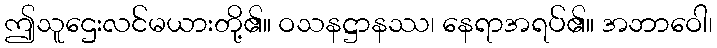
ဤသူဌေးလင်မယားတို့၏။ ဝသနဋ္ဌာနဿ၊ နေရာအရပ်၏။ အဘာဝေါ၊